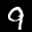
Label: 9